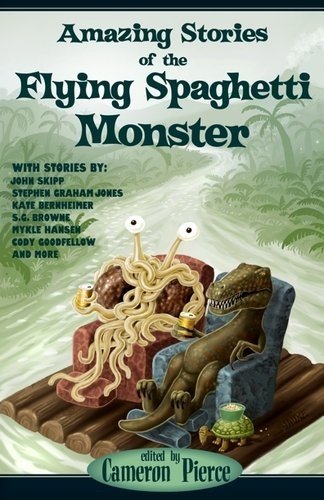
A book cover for Amazing Stories of the Flying Spaghetti Monster; Humor & Entertainment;